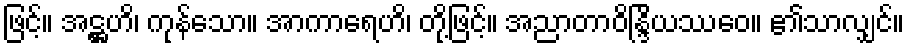
ဖြင့်။ အဋ္ဌဟိ၊ ကုန်သော။ အာကာရေဟိ၊ တို့ဖြင့်။ အညာတာဝိန္ဒြိယဿေဝ။ ၏သာလျှင်။